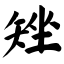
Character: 矬